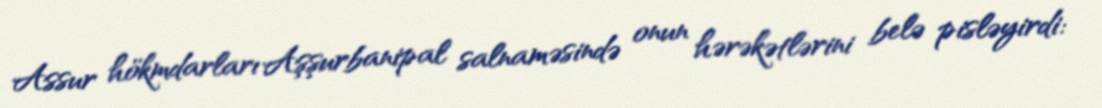
Assur hökmdarları Aşşurbanipal salnaməsində onun hərəkətlərini belə pisləyirdi: